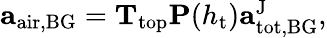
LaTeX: \begin{array}{r}{\mathbf{a}_{\mathrm{air,BG}}=\mathbf{T}_{\mathrm{top}}\mathbf{P}(h_{\mathrm{t}})\mathbf{a}_{\mathrm{tot,BG}}^{\mathrm{J}},}\end{array}